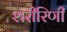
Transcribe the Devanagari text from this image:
शरीरिणी